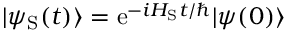
| \psi _ { \mathrm { S } } ( t ) \rangle = { \mathrm { e } } ^ { - i H _ { \mathrm { S } } t / \hbar } | \psi ( 0 ) \rangle